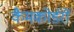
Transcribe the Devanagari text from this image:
कैमकोर्डरों